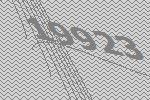
19923